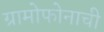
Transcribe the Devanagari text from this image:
ग्रामोफोनाची